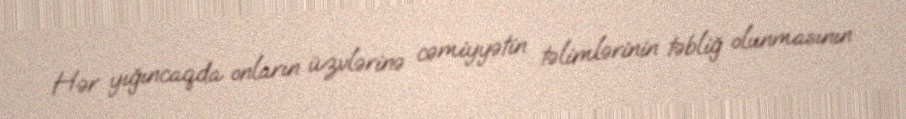
Hər yıǧıncaqda onların üzvlərinə cəmiyyətin təlimlərinin təbliǧ olunmasının